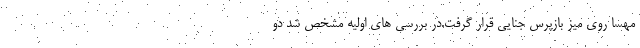
مهسا روی میز بازپرس جنایی قرار گرفت.در بررسی های اولیه مشخص شد دو